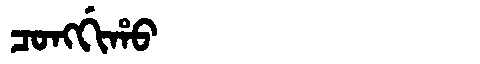
Manchu: ᠴᠣᠩᡤᡳᡥᠣ
Romanization: CONGGIHO